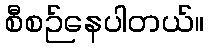
စီစဉ်နေပါတယ်။